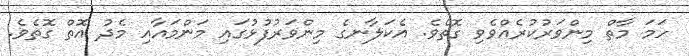
ހަމަ މާތް މިންވަރުކުރެއްވެވި ގޮތެވެ. އެކަލާނގެ މިންވަރުފުޅުގައި މަންމައާއި މެދު އޮތް ގޮތެވެ.